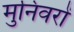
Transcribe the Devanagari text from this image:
मुनिवरों